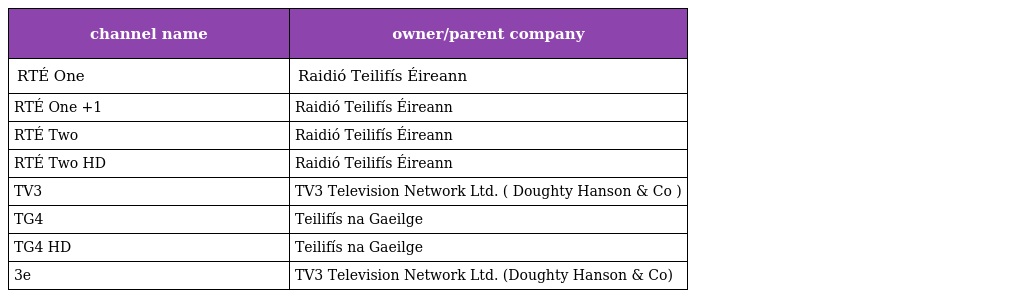
| channel name | owner/parent company |
 | --- | --- |
 | RTÉ One | Raidió Teilifís Éireann |
 | RTÉ One +1 | Raidió Teilifís Éireann |
 | RTÉ Two | Raidió Teilifís Éireann |
 | RTÉ Two HD | Raidió Teilifís Éireann |
 | TV3 | TV3 Television Network Ltd. ( Doughty Hanson & Co ) |
 | TG4 | Teilifís na Gaeilge |
 | TG4 HD | Teilifís na Gaeilge |
 | 3e | TV3 Television Network Ltd. (Doughty Hanson & Co) |